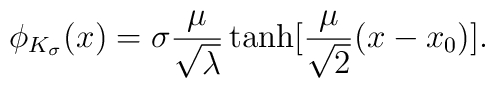
\phi _{K_{\sigma }}(x)=\sigma \frac{\mu }{\sqrt{\lambda }}\tanh [\frac{\mu }{\sqrt{2}}(x-x_{0})].